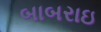
બાબરાઇ